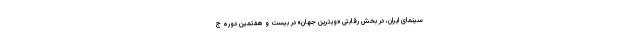
سینمای ایران، در بخش رقابتی «ویترین جهان» در بیست و هفتمین دوره ج